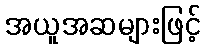
အယူအဆများဖြင့်